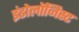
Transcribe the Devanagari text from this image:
इंडोलॉजिस्ट